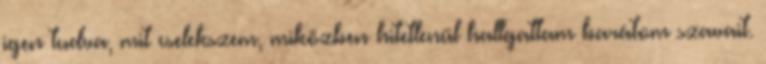
igen tudva, mit cselekszem, miközben hitetlenül hallgattam barátom szavait.